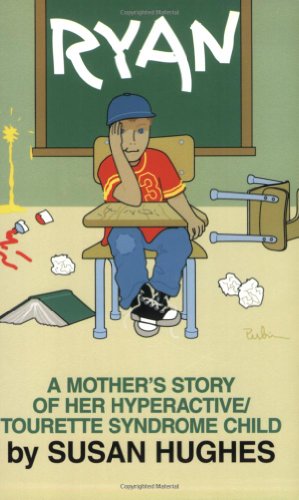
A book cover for Ryan: A Mother's Story of Her Hyperactive/Tourette Syndrome Child; Susan Hughes; Health, Fitness & Dieting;